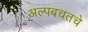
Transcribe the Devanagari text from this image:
अल्पबचतचे